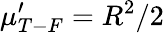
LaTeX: \mu_{T-F}^{\prime}=R^{2}/2